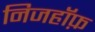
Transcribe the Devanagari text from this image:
निजहॉफ़